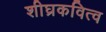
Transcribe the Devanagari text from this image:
शीघ्रकवित्व